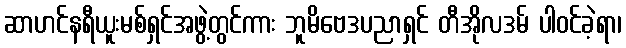
ဆာဟင်နရီယူးမစ်ရှင်အဖွဲ့တွင်ကား ဘူမိဗေဒပညာရှင် တီအိုလဒမ် ပါဝင်ခဲ့ရာ၊